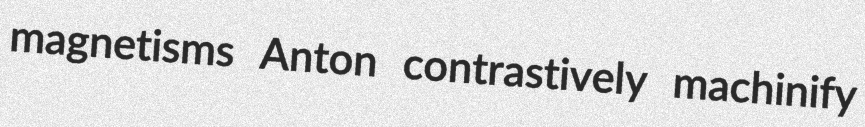
magnetisms Anton contrastively machinify